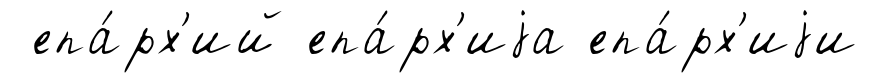
епа́рх'ий епа́рх'иjа епа́рх'иjи